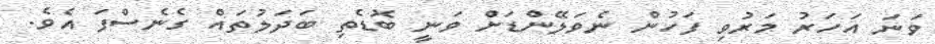
ވަނަ އަހަރު މަރުވި ފަހުން ނެވަލޭންޑަށް ވަނީ ބޮޑެތި ބަދަލުތައް ގެނެސްފަ އެވެ.